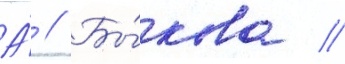
А́ // Бы́кова //